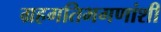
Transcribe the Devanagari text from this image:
ग्रहगतिभगणांशी